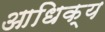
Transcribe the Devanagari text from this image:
आधिक्‍य